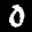
Label: 0